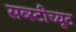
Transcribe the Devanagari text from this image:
सब्स्टीच्यूट